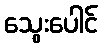
သွေးပေါင်